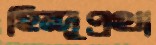
হিন্দুপ্রথা